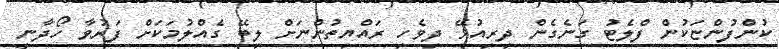
ކުންފުންޏަކުން ފްލެޓު ގަނެގެން ދިރިއުޅޭ ދިވެހި ރައްޔިތުންނަށް ލިބޭ ގެއްލުމަކަށް ފަރުވާ ހޯދާނީ